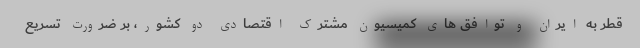
قطر به ایران و توافق های کمیسیون مشترک اقتصادی دو کشور، بر ضرورت تسریع